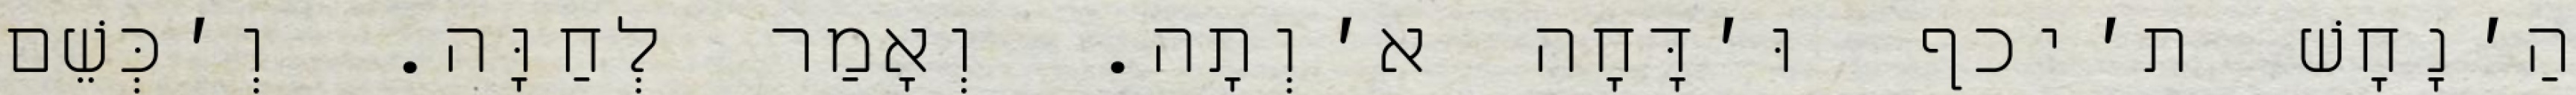
הַ׳נָחָשׁ ת׳יכף וּ׳דָּחָה א׳וְתָה. וְאָמַר לְחַוָּה. וְ׳כְּשֵׁם